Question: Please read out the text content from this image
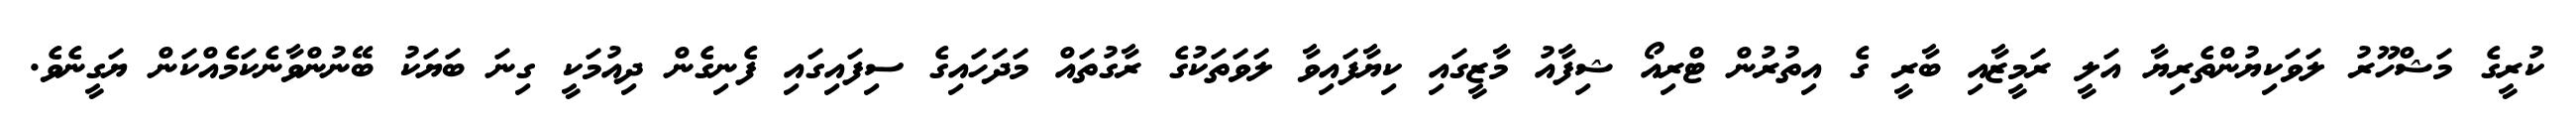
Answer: ކުރީގެ މަޝްހޫރު ލަވަކިޔުންތެރިޔާ އަލީ ރަމީޒާއި ބާރީ ގެ އިތުރުން ޓްރިއޯ ޝިފާއު މާޒީގައި ކިޔާފައިވާ ލަވަތަކުގެ ރާގުތައް މަދަހައިގެ ސިފައިގައި ފެނިގެން ދިއުމަކީ ގިނަ ބަޔަކު ބޭނުންވާނެކަމެއްކަން ޔަގީނެވެ.